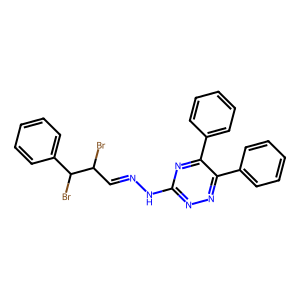
SMILES: BrC(C=NNc1nnc(-c2ccccc2)c(-c2ccccc2)n1)C(Br)c1ccccc1
Inhibits HIV replication: No